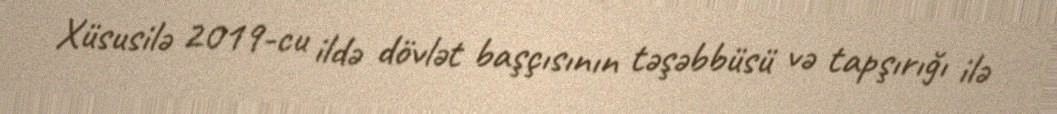
Xüsusilə 2019-cu ildə dövlət başçısının təşəbbüsü və tapşırığı ilə